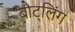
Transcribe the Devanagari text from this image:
बौट्लिंग